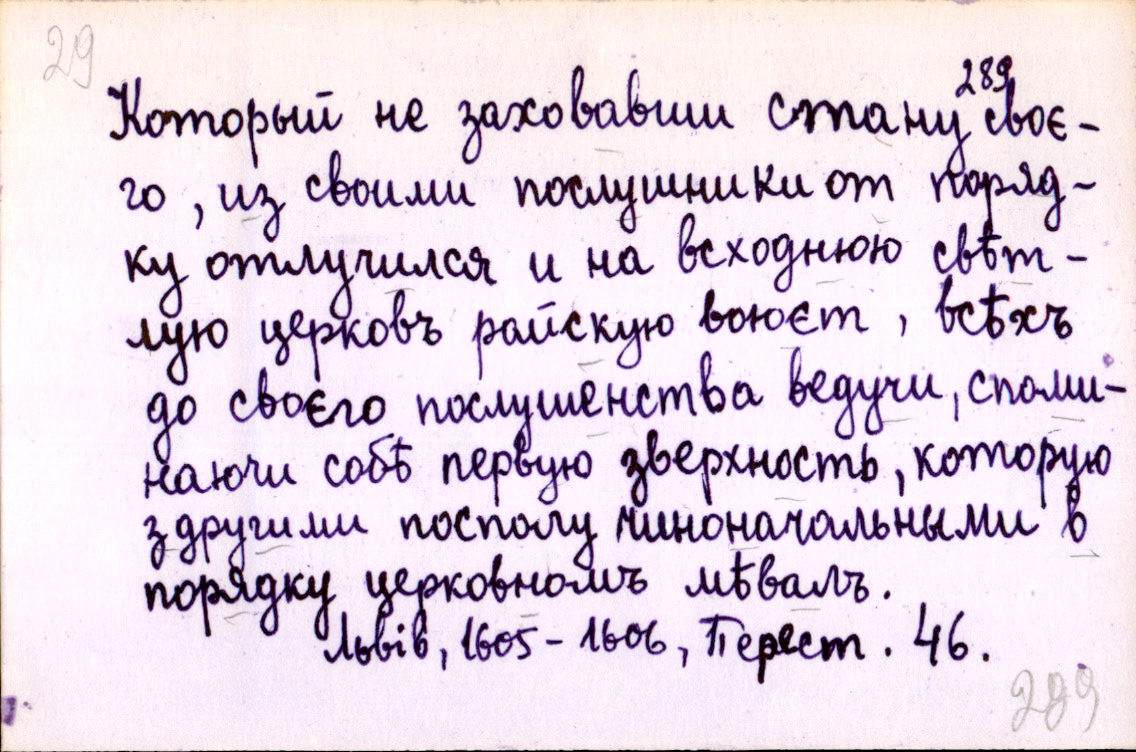
Который не заховавши стану своє-
го, из своими послушники от поряд-
ку отлучился и на всходнюю свѣт-
лую церковъ райскую воюєт, всѣхъ
до своєго послушенства ведучи, споми-
наючи собѣ первую зверхность, которую
з другими посполу чиноначальными в
порядку церковномъ мѣвалъ.
Львів, 1605-1606, Перест. 46.